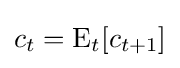
c_{t}=\operatorname {E} _{t}[c_{t+1}]